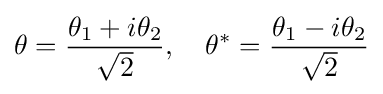
\theta ={\frac {\theta _{1}+i\theta _{2}}{\sqrt {2}}},\quad \theta ^{*}={\frac {\theta _{1}-i\theta _{2}}{\sqrt {2}}}